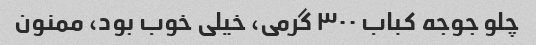
چلو جوجه کباب ۳۰۰ گرمی، خیلی خوب بود، ممنون